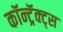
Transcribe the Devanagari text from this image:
कॉन्ट्रॅक्ट्स